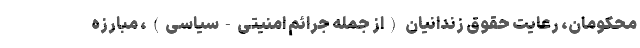
محکومان، رعایت حقوق زندانیان (از جمله جرائمِ امنیتی-سیاسی)، مبارزه